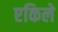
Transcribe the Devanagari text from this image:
एकिले